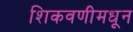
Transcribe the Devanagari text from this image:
शिकवणीमधून